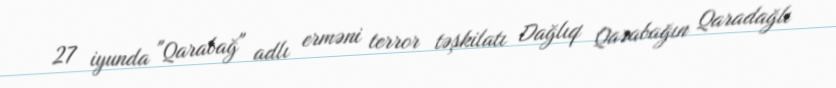
27 iyunda "Qarabağ" adlı erməni terror təşkilatı Dağlıq Qarabağın Qaradağlı